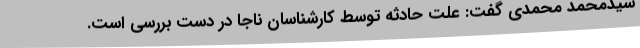
سیدمحمد محمدی گفت: علت حادثه توسط کارشناسان ناجا در دست بررسی است.